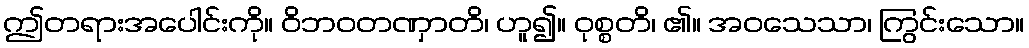
ဤတရားအပေါင်းကို။ ဝိဘဝတဏှာတိ၊ ဟူ၍။ ဝုစ္စတိ၊ ၏။ အဝသေသာ၊ ကြွင်းသော။